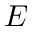
E